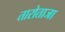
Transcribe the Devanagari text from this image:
तारोताजा